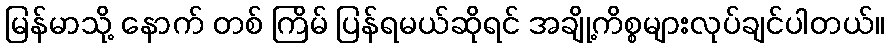
မြန်မာသို့ နောက် တစ် ကြိမ် ပြန်ရမယ်ဆိုရင် အချို့ကိစ္စများလုပ်ချင်ပါတယ်။